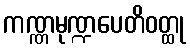
ကဏ္ဏမုဏ္ဍပေတိဝတ္ထု